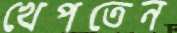
খেপতেন